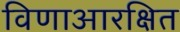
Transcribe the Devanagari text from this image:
विणाआरक्षित